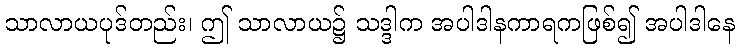
သာလာယပုဒ်တည်း၊ ဤ သာလာယ၌ သဒ္ဒါက အပါဒါနကာရကဖြစ်၍ အပါဒါနေ